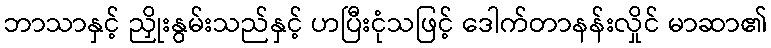
ဘာသာနှင့် ညှိုးနွမ်းသည်နှင့် ဟပြီးငုံသဖြင့် ဒေါက်တာနန်းလှိုင် မာဆာ၏